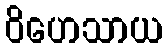
ဝိဟေသာယ